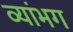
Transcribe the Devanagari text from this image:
व्यांभग